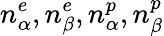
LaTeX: n_{\alpha}^{e},n_{\beta}^{e},n_{\alpha}^{p},n_{\beta}^{p}